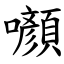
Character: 㘖